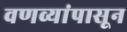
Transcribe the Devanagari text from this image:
वणव्यांपासून